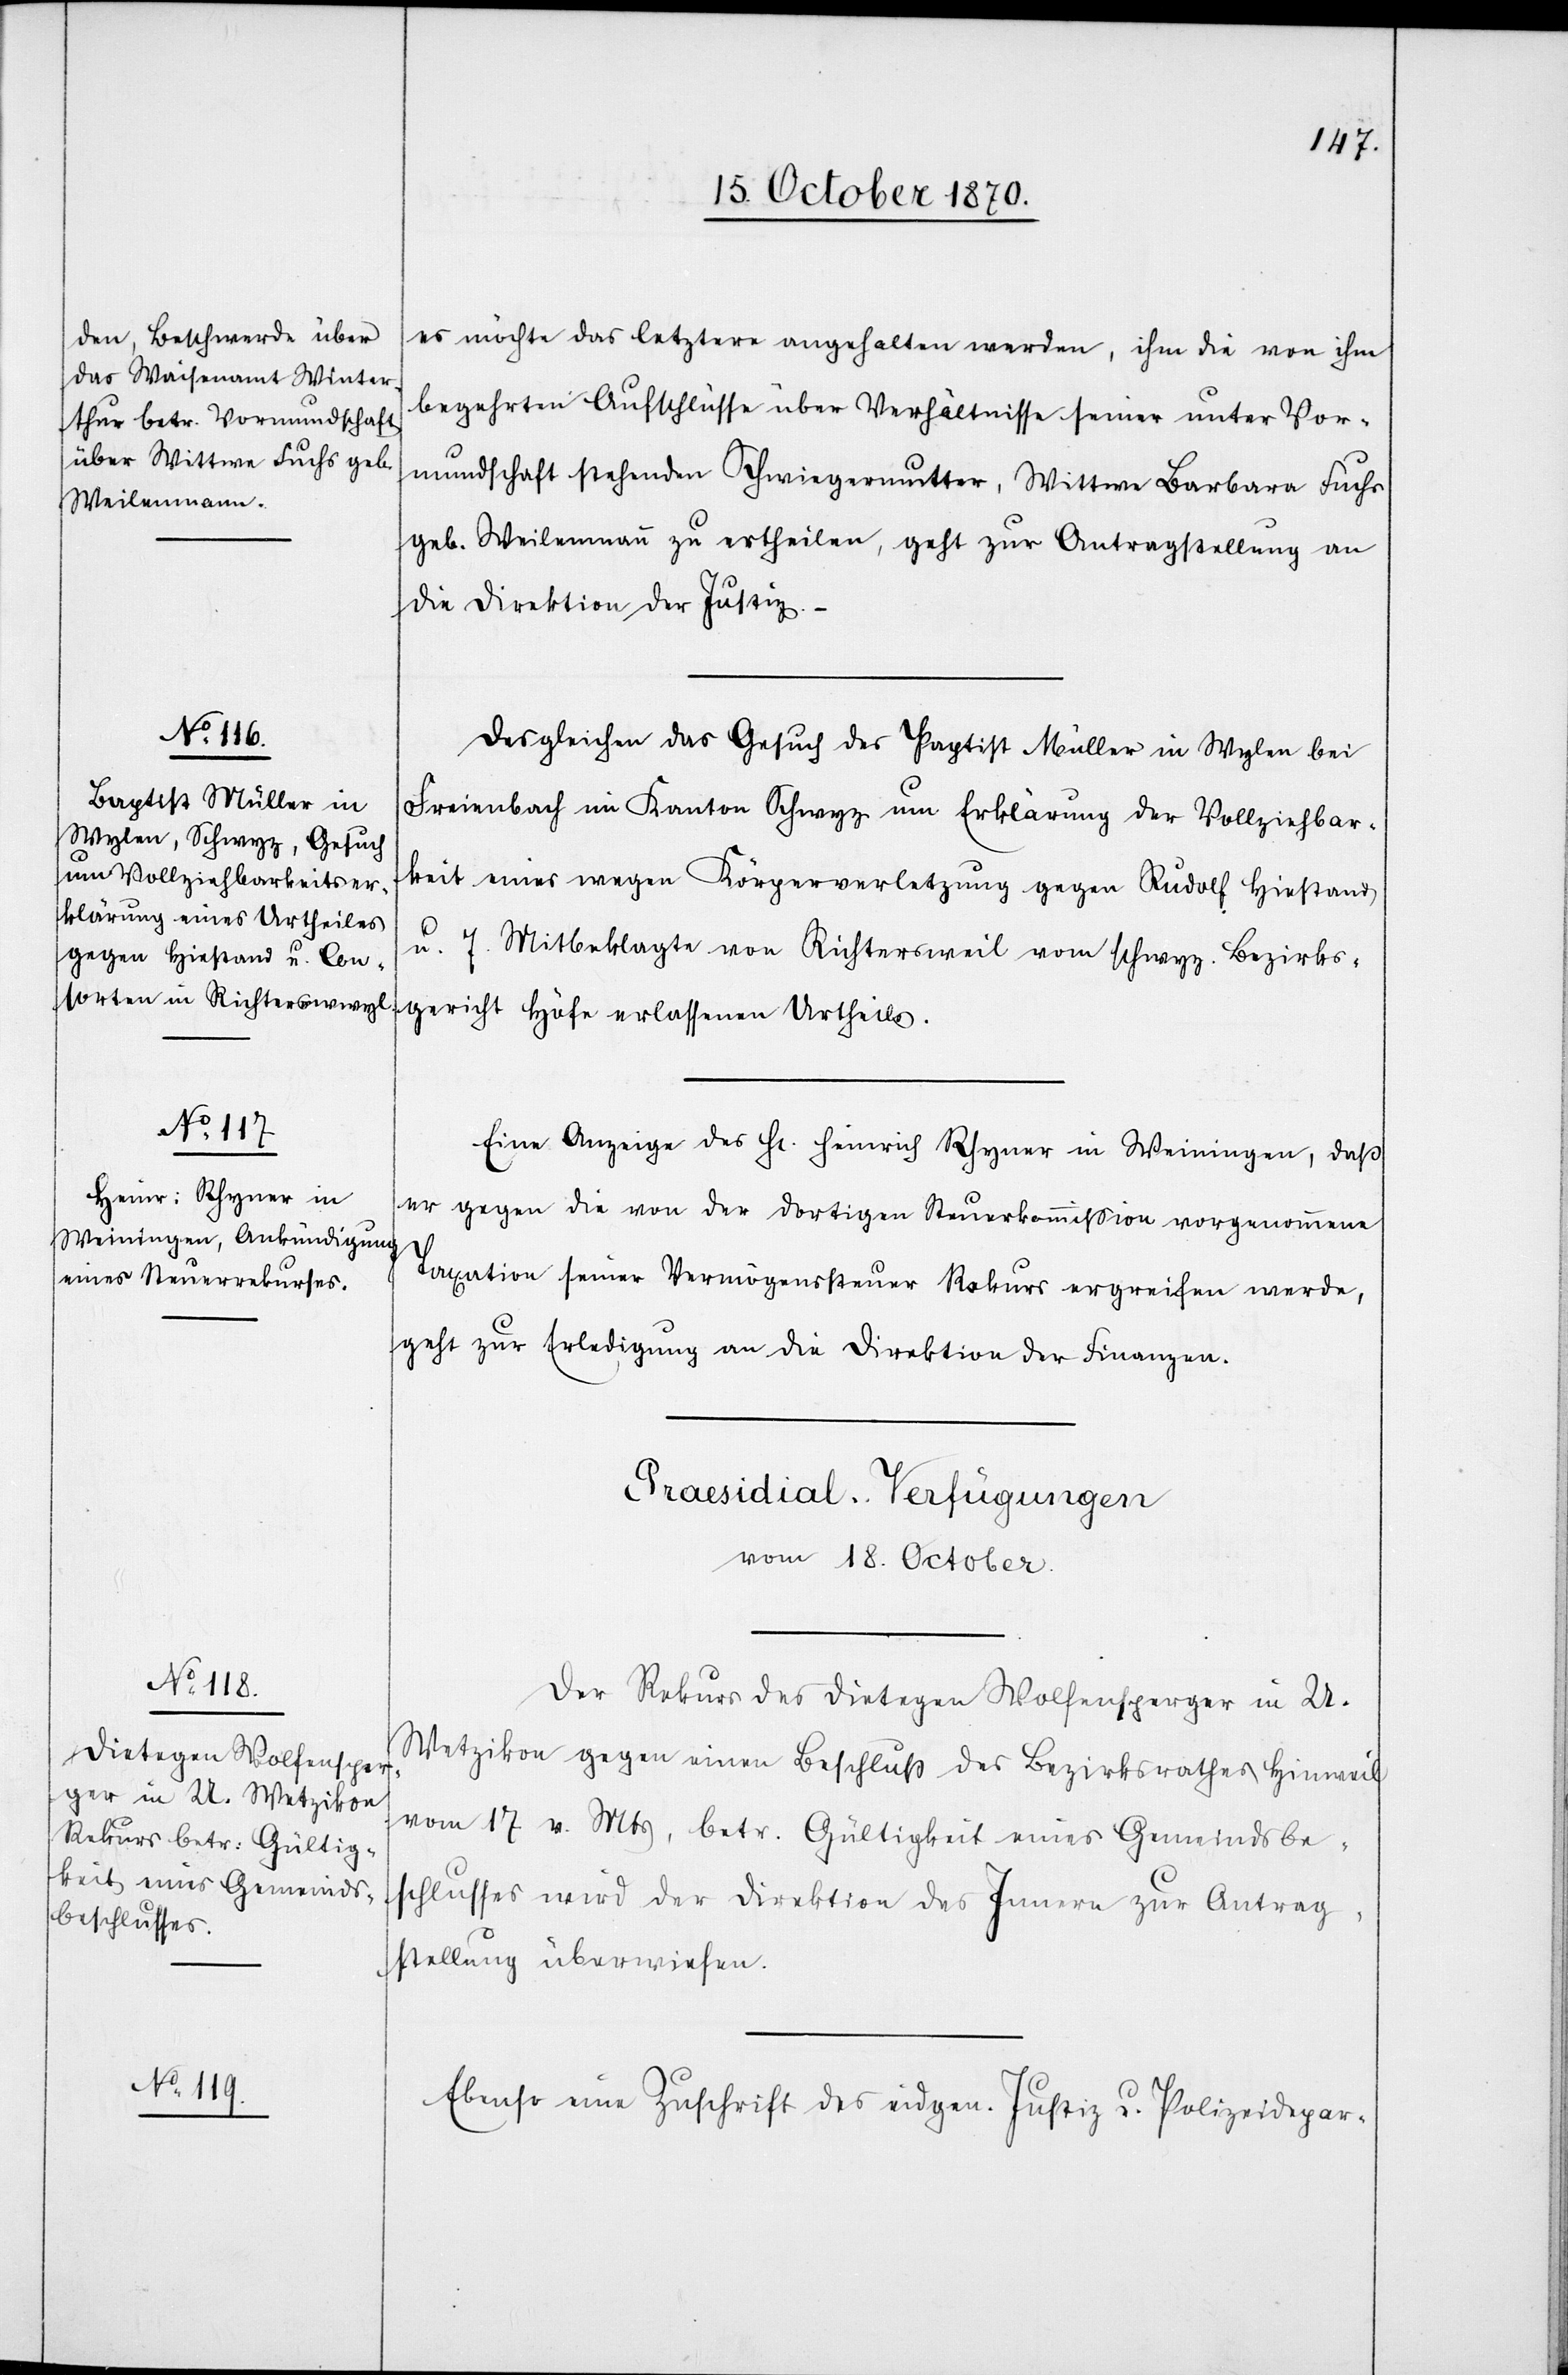
18. October 1870.
es möchte das letztere angehalten werden, ihm die von ihm
begehrten Aufschlüsse über Verhältnisse seiner unter Vor¬
mundschaft stehenden Schwiegermutter, Wittwe Barbara Fuchs
geb. Weilenmann zu ertheilen, geht zur Antragstellung an
die Direktion der Justiz. –
Desgleichen das Gesuch des Paptist Müller in Wylen bei
Freienbach im Kanton Schwyz um Erklärung der Vollziehbar¬
keit eines wegen Körperverletzung gegen Rudolf Hiestand
u. 7. Mitbeklagte von Richtersweil vom schwyz. Bezirks¬
gericht
Eine Anzeige des H. Heinrich Rhyner in Weiningen, daß
er gegen die von der dortigen Steuerkommißion vorgenommene
Taxation seiner Vermögenssteuer Rekurs ergreifen werde,
geht zur Erledigung an die Direktion der Finanzen.
[Praesidial-Verfügungen.
vom 18. October
Der Rekurs des Dietegen Wolfensperger in U.
Wetzikon gegen einen Beschluß des Bezirksrathes Hinweil
vom 17 v. Mts, betr. Gültigkeit eines Gemeindsbe¬
schlusses wird der Direktion des Innern zur Antrag¬
stellung überwiesen.
Ebenso eine Zuschrift des eidgen. Justiz- u. Polizeidepar-